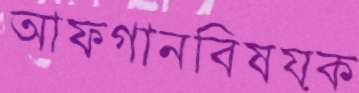
আফগানবিষয়ক